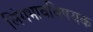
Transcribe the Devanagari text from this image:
लिंगभावविषयक